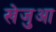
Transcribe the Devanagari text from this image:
खेजुआ